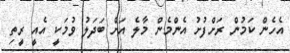
އެހެން ކަމުން ރަށްފުށު އެންމެން މާލެ އަށް ބަދަލު ވުމަކީ އެއީ ރީތި